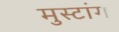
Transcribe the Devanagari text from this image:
मुस्टांग